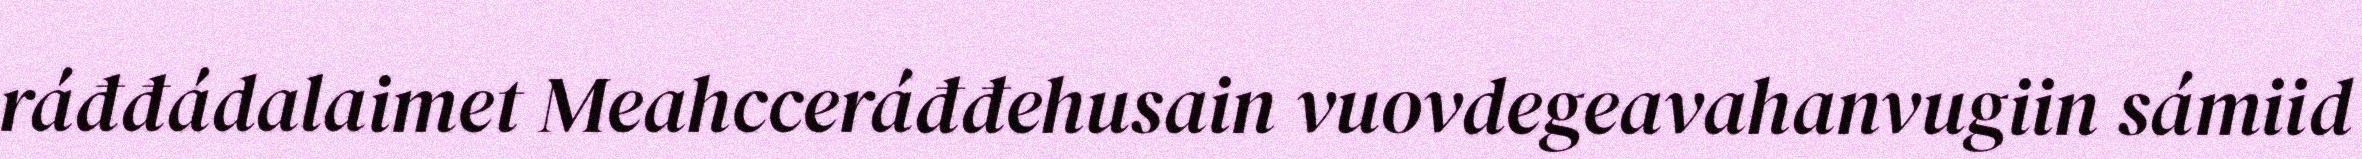
ráđđádalaimet Meahcceráđđehusain vuovdegeavahanvugiin sámiid